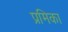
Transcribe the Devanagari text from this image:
प्रमिका